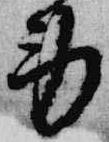
労